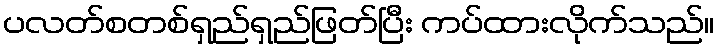
ပလတ်စတစ်ရှည်ရှည်ဖြတ်ပြီး ကပ်ထားလိုက်သည်။